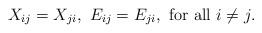
LaTeX: \begin{align*}X_{ij} = X_{ji},\,\, E_{ij} = E_{ji}, \,\,\mbox{for all $i\neq j$.}\end{align*}